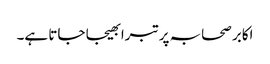
اکابر صحابہ پر تبرا بھیجا جاتا ہے۔